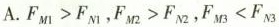
A.$$F _ { M 1 } > F _ { N 1 }$$，$$F _ { M